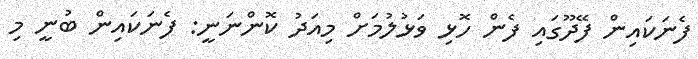
ފެނަކައިން ފޭދޫގައި ފެން ހޮޅި ވަޅުލުމަށް މިއަދު ކޮންނަނީ: ފެނަކައިން ބުނީ މި